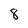
Character: 8